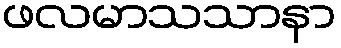
ဖလမာသသာနာ